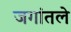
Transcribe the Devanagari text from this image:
जगांतले